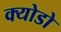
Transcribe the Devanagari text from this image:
क्योडो